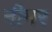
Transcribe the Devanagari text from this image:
नीमर